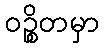
ဝဉ္စိတမှာ